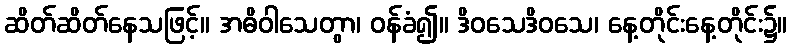
ဆိတ်ဆိတ်နေသဖြင့်။ အဓိဝါသေတွာ၊ ဝန်ခံ၍။ ဒိဝသေဒိဝသေ၊ နေ့တိုင်းနေ့တိုင်း၌။